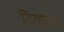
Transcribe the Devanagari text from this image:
विवृतक